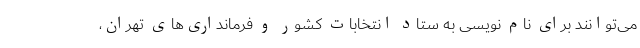
می‌توانند برای نام نویسی به ستاد انتخابات کشور و فرمانداری‌های تهران،